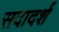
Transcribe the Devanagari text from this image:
सदादर्श